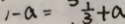
1 - a = \frac { 1 } { 3 } + a